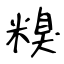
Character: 糗